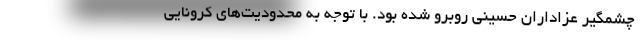
چشمگیر عزاداران حسینی روبرو شده بود. با توجه به محدودیت‌های کرونایی